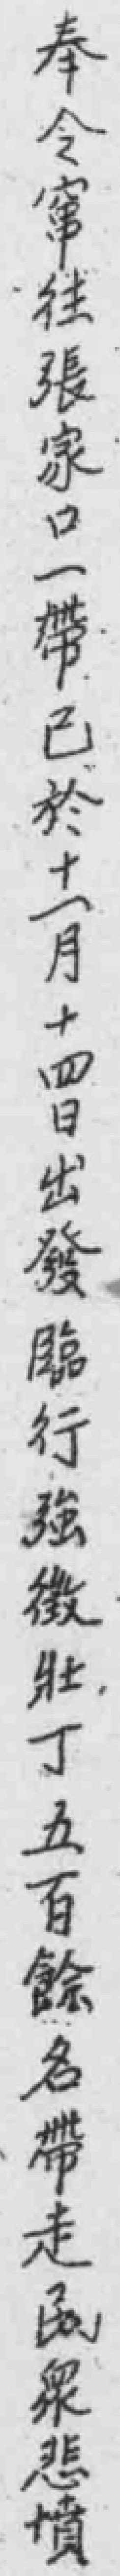
奉令窜往張家口一帶已於十一月十四日出發臨行強徵壯丁五百餘名帶走民衆悲憤